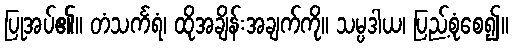
ပြုအပ်၏။ တံသင်္ကရံ၊ ထိုအချိန်းအချက်ကို။ သမ္ပဒါယ၊ ပြည့်စုံစေ၍။